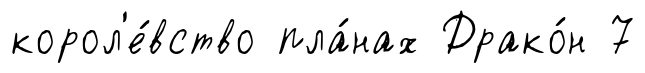
корол'е́вство пла́нах Драко́н 7